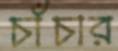
চাঁচার